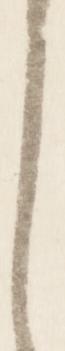
し